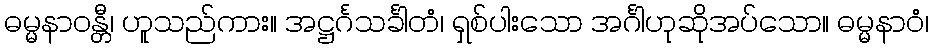
ဓမ္မနာဝန္တီ၊ ဟူသည်ကား။ အဋ္ဌင်္ဂသင်္ခါတံ၊ ရှစ်ပါးသော အင်္ဂါဟုဆိုအပ်သော။ ဓမ္မနာဝံ၊